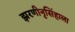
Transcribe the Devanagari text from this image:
झरणीनृसिंहाला